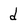
Character: d